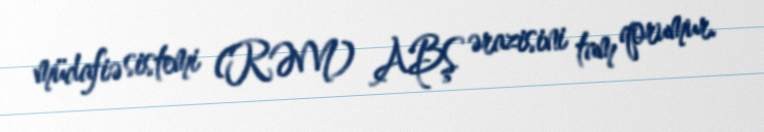
müdafiə sistemi (RƏM) ABŞ ərazisini tam qorumur.